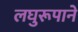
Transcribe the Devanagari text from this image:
लघुरूपाने